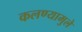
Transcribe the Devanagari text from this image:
कलण्यामुले